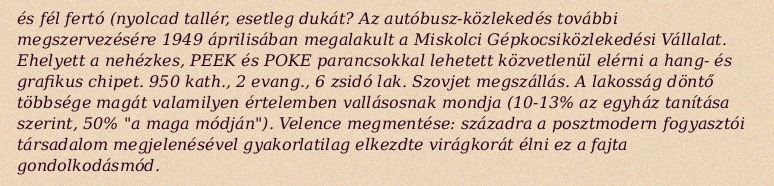
és fél fertó (nyolcad tallér, esetleg dukát? Az autóbusz-közlekedés további megszervezésére 1949 áprilisában megalakult a Miskolci Gépkocsiközlekedési Vállalat. Ehelyett a nehézkes, PEEK és POKE parancsokkal lehetett közvetlenül elérni a hang- és grafikus chipet. 950 kath., 2 evang., 6 zsidó lak. Szovjet megszállás. A lakosság döntő többsége magát valamilyen értelemben vallásosnak mondja (10-13% az egyház tanítása szerint, 50% "a maga módján"). Velence megmentése: századra a posztmodern fogyasztói társadalom megjelenésével gyakorlatilag elkezdte virágkorát élni ez a fajta gondolkodásmód.